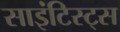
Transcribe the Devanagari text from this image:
साइंटिस्ट्स